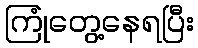
ကြုံတွေ့နေရပြီး